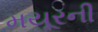
મયૂરની